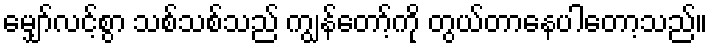
မျှော်လင့်စွာ သစ်သစ်သည် ကျွန်တော့်ကို တွယ်တာနေပါတော့သည်။